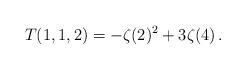
LaTeX: \begin{align*}T(1,1,2)=-\zeta(2)^2+3\zeta(4)\,.\end{align*}